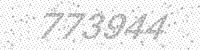
Solution: 773944